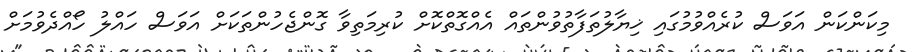
މިކަންކަން އަވަސް ކުރެއްވުމުގައި ޚިޔާލުތަފާތުުވުންތައް އެއްގޮތްކޮށް ކުރިމަތިވާ ގޮންޖެހުންތަކަށް އަވަސް ހައްލު ހޯއްދެވުމަށް